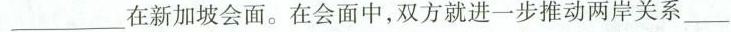
___在新加坡会面。在会面中，双方就进一步推动两岸关系___